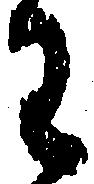
わ